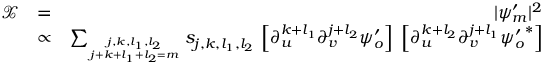
\begin{array} { r l r } { \mathcal { X } } & { = } & { | \psi _ { m } ^ { \prime } | ^ { 2 } } \\ & { \propto } & { \sum _ { { j , k , l _ { 1 } , l _ { 2 } } \atop { j + k + l _ { 1 } + l _ { 2 } = m } } s _ { j , k , l _ { 1 } , l _ { 2 } } \, \left[ \partial _ { u } ^ { k + l _ { 1 } } \partial _ { v } ^ { j + l _ { 2 } } \psi _ { o } ^ { \prime } \right] \; \left[ \partial _ { u } ^ { k + l _ { 2 } } \partial _ { v } ^ { j + l _ { 1 } } { \psi _ { o } ^ { \prime } } ^ { * } \right] } \end{array}